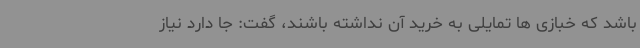
باشد که خبازی ها تمایلی به خرید آن نداشته باشند، گفت: جا دارد نیاز